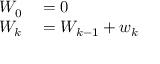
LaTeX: \begin{array} { r l } { W _ { 0 } } & { { } = 0 } \\ { W _ { k } } & { { } = W _ { k - 1 } + w _ { k } } \end{array}